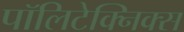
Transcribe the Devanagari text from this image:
पॉलिटेक्निक्स